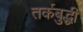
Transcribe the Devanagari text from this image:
तर्कबुद्धी